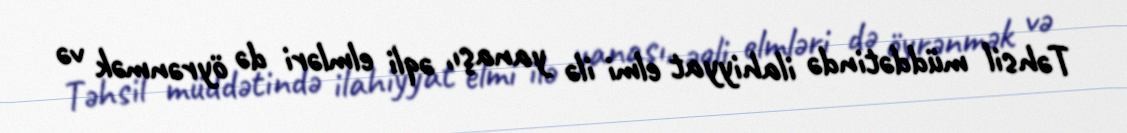
Təhsil müddətində ilahiyyat elmi ilə yanaşı, əqli elmləri də öyrənmək və